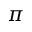
\pi